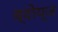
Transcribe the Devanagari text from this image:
ब्वोय्ज